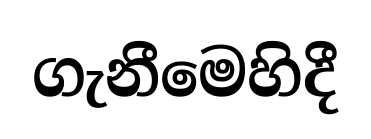
ගැනීමෙහිදී